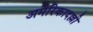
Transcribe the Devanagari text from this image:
अमेरिकादल्ली